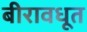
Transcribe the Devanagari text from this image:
बीरावधूत